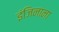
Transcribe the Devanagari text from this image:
इंजिनाना